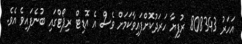
އަހަރު 808343 ރުފިޔާ ހަރަދުކޮށްފައިވާކަމަށް ވެސް އެ އޮޑިޓް ރިޕޯޓްގައި ބުނެފައިވެ އެވެ.